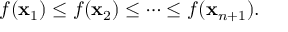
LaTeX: f ( \mathbf { x } _ { 1 } ) \leq f ( \mathbf { x } _ { 2 } ) \leq \cdots \leq f ( \mathbf { x } _ { n + 1 } ) .